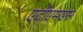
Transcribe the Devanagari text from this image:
एटीएमएस